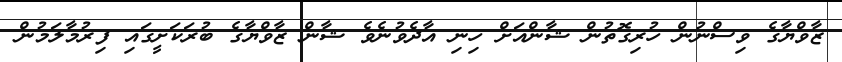
ޒާވްޔާގެ ވިސްނުން ހުރިގޮތުން ޝާންއަށް ހިނި އާދެވުނެވެ ޝާން ޒާވްޔާގެ ބުރަކަށީގައި ފިރުމާލަމުން